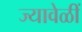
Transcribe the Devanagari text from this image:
ज्यावेळीं